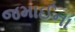
જમાઈના